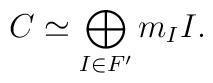
C \simeq \bigoplus_{I \in F'} m_I I.